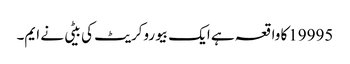
19995کا واقعہ ہے ایک بیوروکریٹ کی بیٹی نے ایم۔